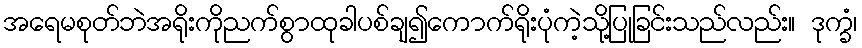
အရေမစုတ်ဘဲအရိုးကိုညက်စွာထုခါပစ်ချ၍ကောက်ရိုးပုံကဲ့သို့ပြုခြင်းသည်လည်း။ ဒုက္ခံ၊